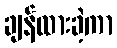
ချန်ထားခဲ့ကာ